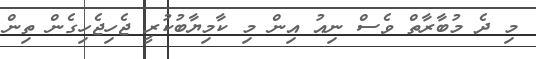
މި ދެ މުބާރާތް ވެސް ނިއު އިން މި ކާމިޔާބުކުރީ ޖެހިޖެހިގެން ތިން